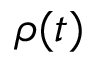
\rho ( t )